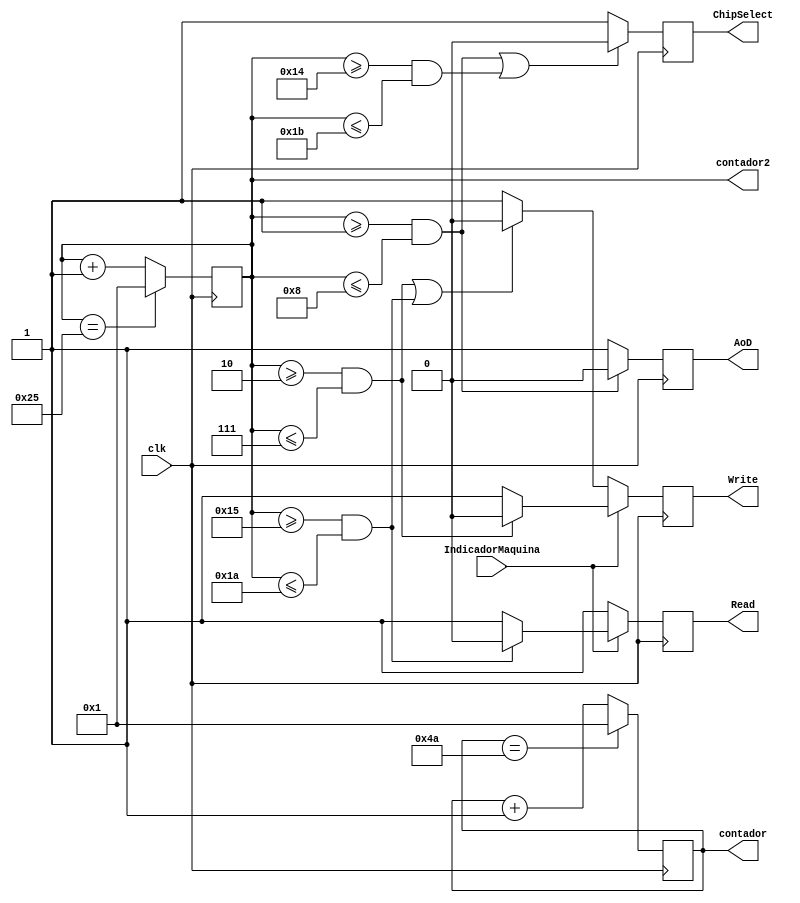
`timescale 1ns / 1ps

module GeneradorFunciones(     //Definicion entradas y salidas
    input wire clk,  //variable que reinicia los contadores, se reinicia con un 1
    input wire IndicadorMaquina,  //Seal que indica accin que se esta realizando // En cero ejecuta seales Write y en 1 seales read
    output reg ChipSelect,Read,Write,AoD, //Seales de entrada del RTC
    output reg [6:0] contador2,contador
    );
       


assign contador1=contador2;           
always @(posedge clk)
   begin
      contador2<=contador2 +6'd1; //contador para general seal
      if(contador2==6'd37)
        begin
        contador2<=6'd01;
        end
   end
   
   
   always @(posedge clk)
      begin
         contador<=contador +6'd1; //contador para modulo cuenta el doble del anterior
         if(contador==8'h4a)
           begin
           contador<=8'h01;
           end
      end



always @(posedge clk)
begin
  if(IndicadorMaquina)
    begin
    if((contador2>=6'd01 && contador2<=6'd8)|(contador2>=6'd20 && contador2<=6'd27))
        begin
        ChipSelect<=0;
        end
        else begin
        ChipSelect<=1;
        end
    if((contador2>=6'd01 && contador2<=6'd8))
        begin
        AoD<=0;
        end
        else begin
        AoD<=1;
        end
     if((contador2>=6'd02 && contador2<=6'd7))
        begin
        Write<=0;
        end
        else begin
        Write<=1;
        end
     if((contador2>=6'd21 && contador2<=6'd26))
        begin
        Read<=0;
        end
        else begin
        Read<=1;
        end            
    end
    else
    begin
    if((contador2>=6'd01 && contador2<=6'd8)|(contador2>=6'd20 && contador2<=6'd27))
        begin
        ChipSelect<=0;
        end
        else begin
        ChipSelect<=1;
        end
    if((contador2>=6'd01 && contador2<=6'd8))
        begin
        AoD<=0;
        end
        else begin
        AoD<=1;
        end
    if((contador2>=6'd02 && contador2<=6'd7)|(contador2>=6'd21 && contador2<=6'd26))
        begin
        Write<=0;
        end
        else begin
        Write<=1;
        end
     if((contador2>=6'd21 && contador2<=6'd26))
        begin
        Read<=1;
        end
        else begin
        Read<=1;
        end            
    end
end   
endmodule